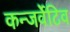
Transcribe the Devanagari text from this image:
कन्जर्वेटिव